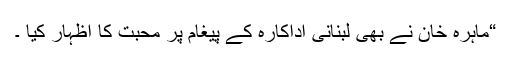
“ماہرہ خان نے بھی لبنانی اداکارہ کے پیغام پر محبت کا اظہار کیا ۔